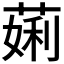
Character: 𬝲